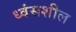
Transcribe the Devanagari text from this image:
ध्वंसशील